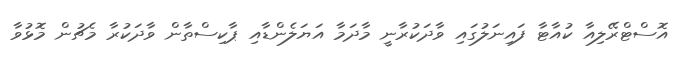
އޮސްޓްރޭލިއާ ކުއާޓާ ފައިނަލުގައި ވާދަކުރާނީ މާދަމާ އަޔަލެންޑާއި ޕާކިސްތާން ވާދަކުރާ މެޗުން މޮޅުވާ